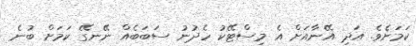
ކަމަށެވެ. އަދި އޭނާއަށް އެ މިސްޓޭކު ހެދުނު ސަބަބެއް ނޭނގޭ ކަމަށް ބުނެ